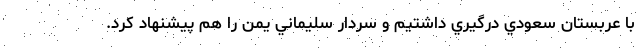
با عربستان سعودي درگيري داشتيم و سردار سليماني يمن را هم پيشنهاد كرد.